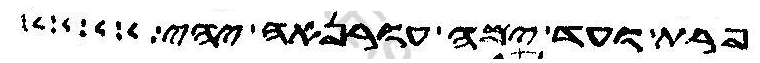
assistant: פרת ועד ימה עורנאה יהי